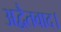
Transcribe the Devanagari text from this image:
अद्वैतवाद।